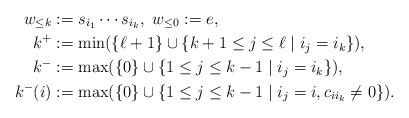
LaTeX: \begin{align*}w_{\leq k}&:=s_{i_1}\cdots s_{i_k},\ w_{\leq 0}:=e,\\k^{+} & :=\min(\{\ell+1\}\cup\{k+1\leq j\leq\ell\mid i_{j}=i_{k}\}),\\k^{-} & :=\max(\{0\}\cup\{1\leq j\leq k-1\mid i_{j}=i_{k}\}),\\k^-(i)&:=\max(\{0\}\cup \{1\leq j\leq k-1\mid i_{j}=i, c_{ii_k}\neq 0\}).\end{align*}